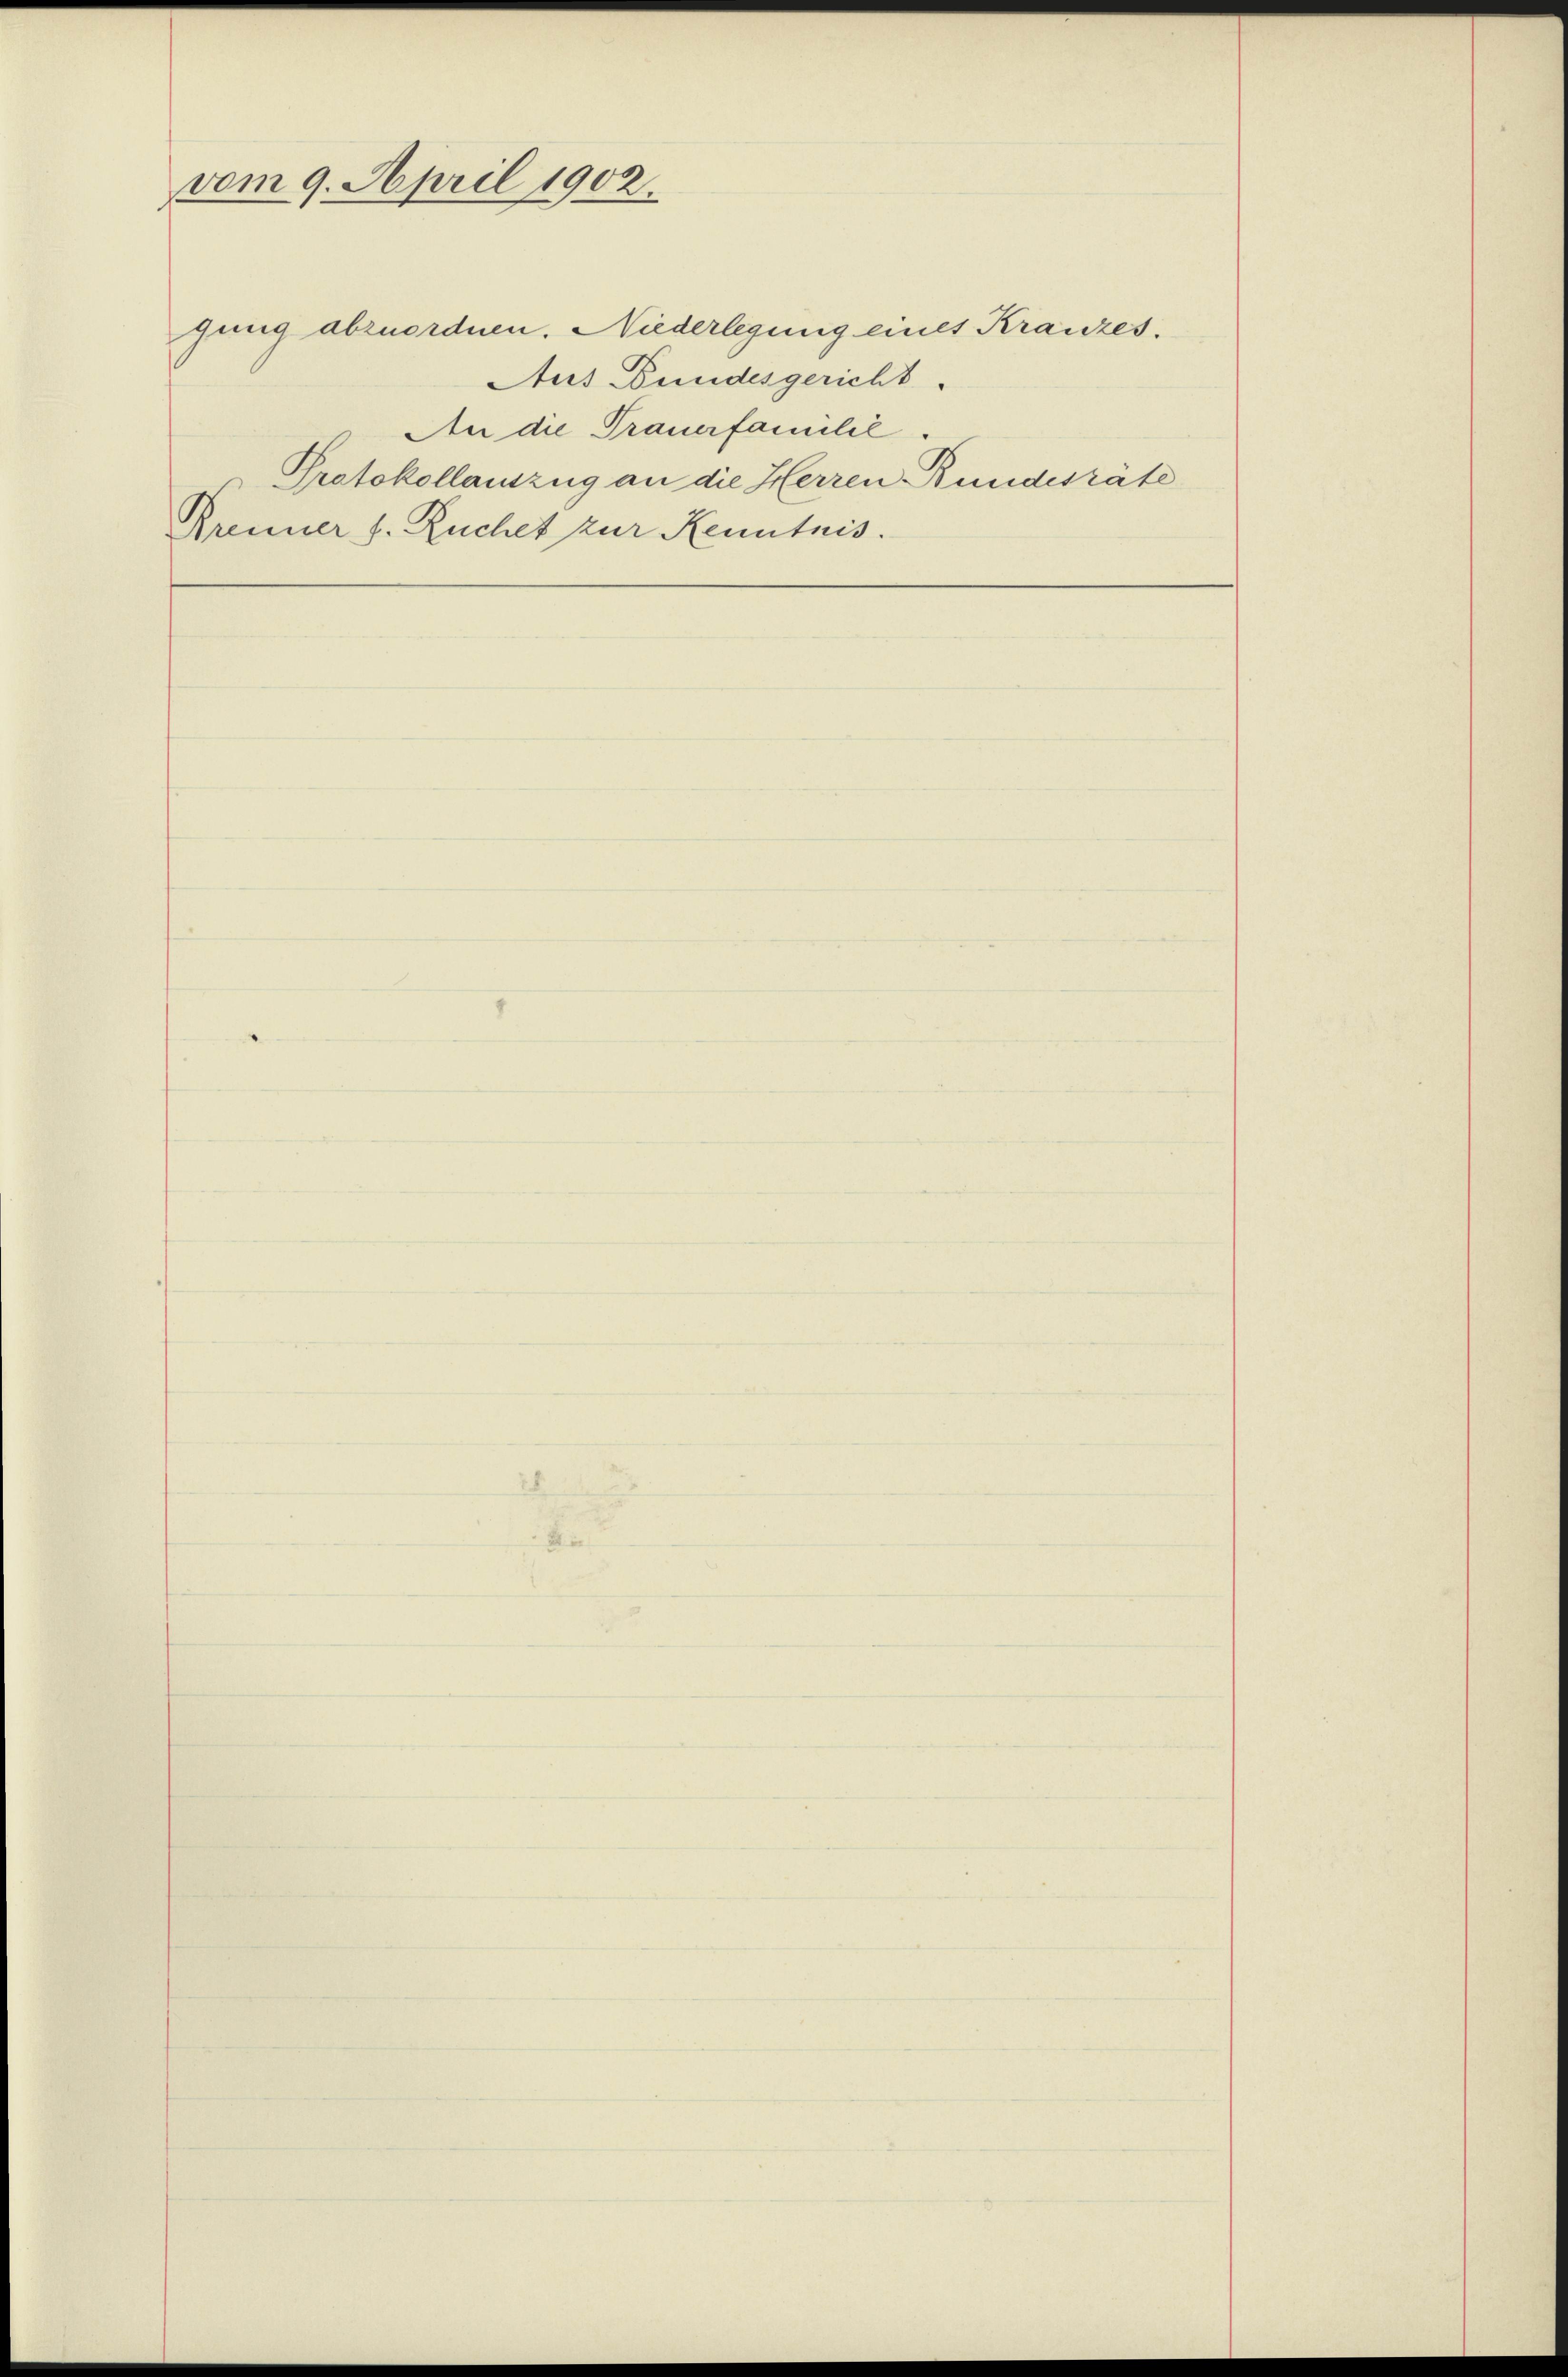
vom 9. April 1902.

gung abzuordnen. Niederlegung eines Kranzes.
Aus Bundesgericht
An die Trauerfamilie.
Protokollauszug an die Herren Bundesräte
Krenner s. Ruchet zur Kenntnis.